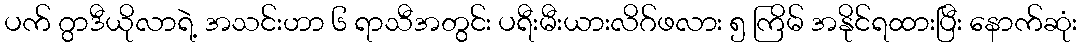
ပက် ဂွာဒီယိုလာရဲ့ အသင်းဟာ ၆ ရာသီအတွင်း ပရီးမီးယားလိဂ်ဖလား ၅ ကြိမ် အနိုင်ရထားပြီး နောက်ဆုံး